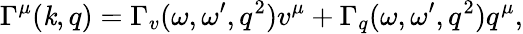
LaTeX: \Gamma^{\mu}(\mathit{k},q)=\Gamma_{v}(\omega,\omega^{\prime},q^{2})v^{\mu}+\Gamma_{q}(\omega,\omega^{\prime},q^{2})q^{\mu},